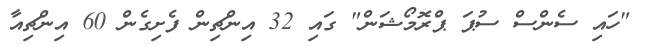
"ހައި ސެންސް ސުޕަ ޕްރޮމޯޝަން" ގައި 32 އިންޗިން ފެށިގެން 60 އިންޗިއާ